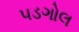
પડગોલ